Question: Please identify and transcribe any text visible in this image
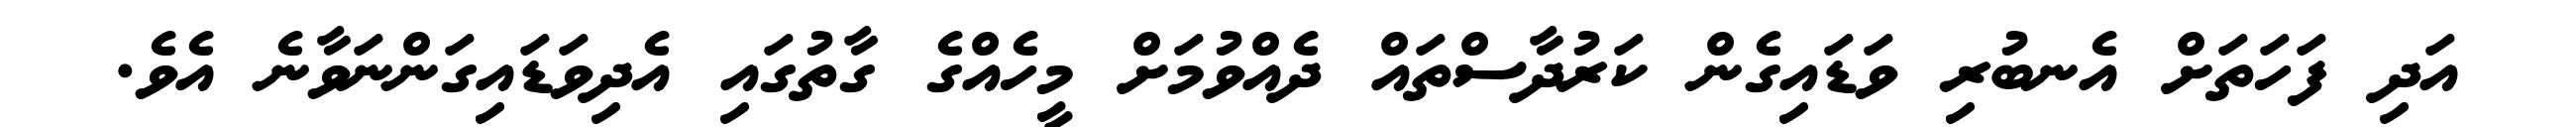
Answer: އަދި ފަހަތަށް އެނބުރި ވަޑައިގެން ކަރުދާސްތައް ދެއްވުމަށް މީހެއްގެ ގާތުގައި އެދިވަޑައިގަންނަވާނެ އެވެ.